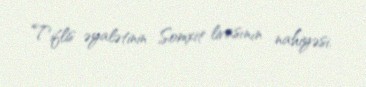
Tiflis əyalətinin Somxit livasının nahiyəsi.